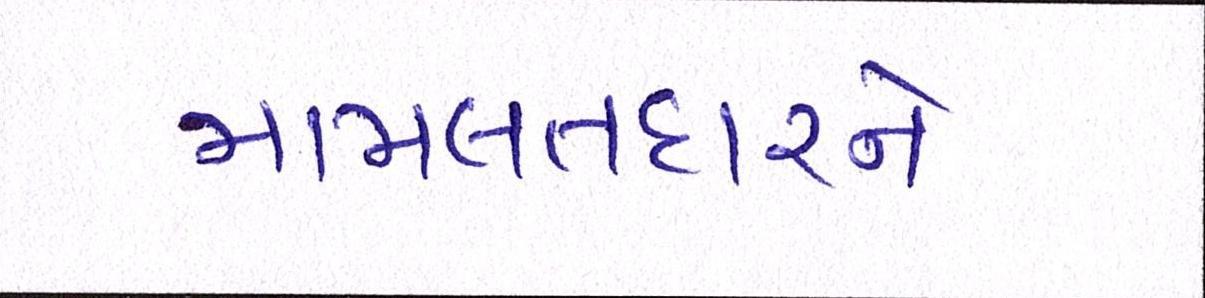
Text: મામલતદારને